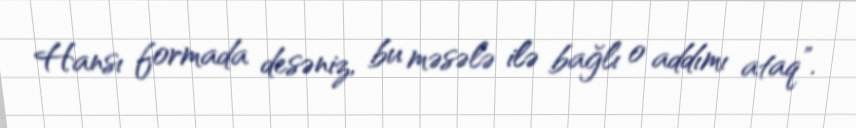
Hansı formada desəniz, bu məsələ ilə bağlı o addımı ataq”.